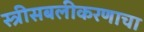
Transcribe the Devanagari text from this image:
स्त्रीसबलीकरणाचा